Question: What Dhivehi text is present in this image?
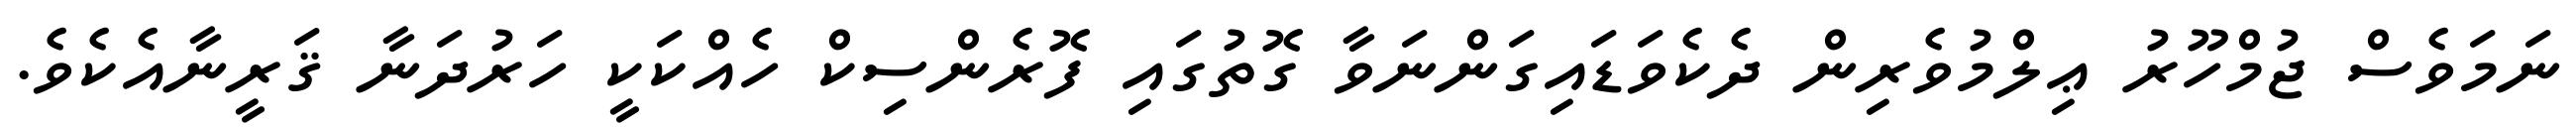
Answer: ނަމަވެސް ޖުމްހޫރު ޢިލްމުވެރިން ދެކެވަޑައިގަންނަވާ ގޮތުގައި ފޮރެންސިކް ހެއްކަކީ ހަރުދަނާ ޤަރީނާއެކެވެ.